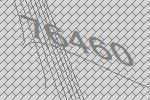
76460